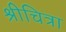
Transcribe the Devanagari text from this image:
श्रीचित्रा